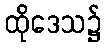
ထိုဒေသ၌